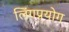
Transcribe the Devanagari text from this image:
लिंगप्रयोग